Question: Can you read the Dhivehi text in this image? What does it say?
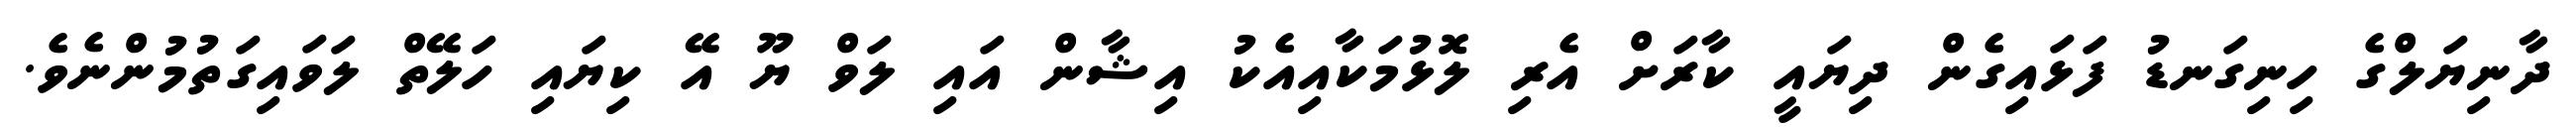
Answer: ދާނިޔަލްގެ ހިނިގަނޑު ފަޅައިގެން ދިޔައީ ކާރަށް އެރި ލޮޅުމަކާއިއެކު އިޝާން އައި ލަވް ޔޫ އޭ ކިޔައި ހަލޭތް ލަވައިގަތުމުންނެވެ.